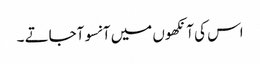
اس کی آنکھوں میں آنسو آجاتے ۔